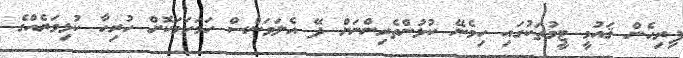
ފިރިހެން ޤައުމީ ޓީމުތަކުގައި ހިމެނޭ ކުޅުންތެރިންނަށް ދޭ އެލަވަންސް ހަމަހަމަކޮށް ހުރިހާ ކުޅިވަރެއްގެ